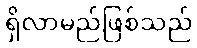
ရှိလာမည်ဖြစ်သည်